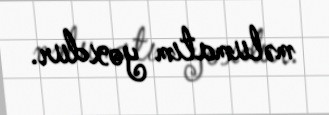
məlumatım yoxdur.